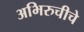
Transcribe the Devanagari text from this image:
अभिरुचीचे